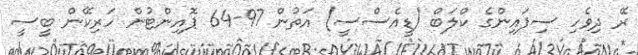
ރޭ ދިވެހި ސިފައިންގެ ކްލަބް (ޑީއެސްސީ) އަތުން 97-64 ޕޮއިންޓުން ހަރިކޭން ބީސީ